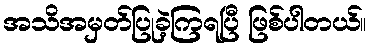
အသိအမှတ်ပြုခဲ့ကြရပြီ ဖြစ်ပါတယ်။